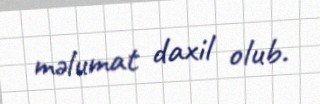
məlumat daxil olub.